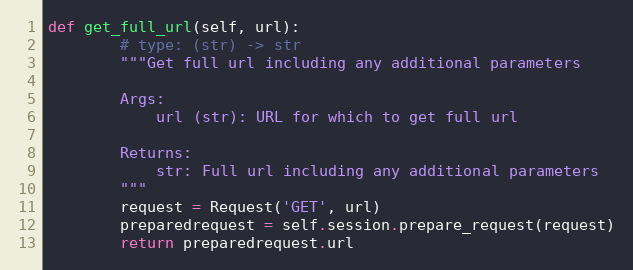
Language: Python
def get_full_url(self, url):
        # type: (str) -> str
        """Get full url including any additional parameters

        Args:
            url (str): URL for which to get full url

        Returns:
            str: Full url including any additional parameters
        """
        request = Request('GET', url)
        preparedrequest = self.session.prepare_request(request)
        return preparedrequest.url